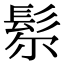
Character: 𩬘